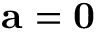
\mathbf { a } = \mathbf { 0 }